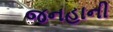
જનહાની